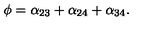
\phi = \alpha _ { 2 3 } + \alpha _ { 2 4 } + \alpha _ { 3 4 } .